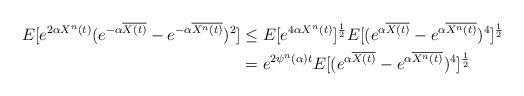
LaTeX: \begin{align*}E[e^{2 \alpha X^n(t)}(e^{-\alpha \overline{X(t)}}-e^{-\alpha \overline{X^n(t)}})^2] &\leq E[e^{4 \alpha X^n(t)}]^{\frac{1}{2}} E[(e^{\alpha \overline{X(t)}}-e^{\alpha \overline{X^n(t)}})^4]^{\frac{1}{2}}\\&= e^{2 \psi^n(\alpha) t} E[(e^{\alpha \overline{X(t)}}-e^{\alpha \overline{X^n(t)}})^4]^{\frac{1}{2}}\end{align*}